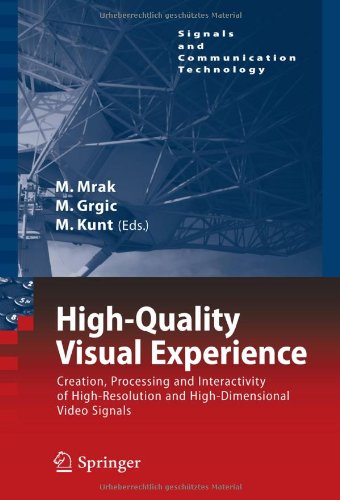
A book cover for High-Quality Visual Experience: Creation, Processing and Interactivity of High-Resolution and High-Dimensional Video Signals (Signals and Communication Technology); Science & Math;